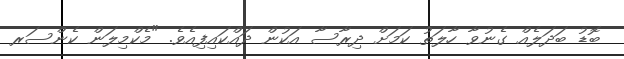
ބޮޑު ބަދަލެއް ގެނުވާ ހާލަތު ކަމަށް ދިރާސާ އަކުން ދައްކައިފިއެވެ. "މެކްމިލަން ކެންސަރ